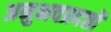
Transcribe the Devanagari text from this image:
अनुभवप्रदत्तों